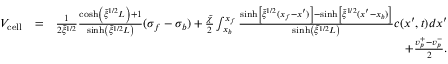
\begin{array} { r l r } { V _ { \mathrm { c e l l } } } & { = } & { \frac { 1 } { 2 \tilde { \xi } ^ { 1 / 2 } } \frac { \cosh \left( \tilde { \xi } ^ { 1 / 2 } L \right) + 1 } { \sinh \left( \tilde { \xi } ^ { 1 / 2 } L \right) } ( \sigma _ { f } - \sigma _ { b } ) + \frac { \tilde { \chi } } { 2 } \int _ { x _ { b } } ^ { x _ { f } } \frac { \sinh \left[ \tilde { \xi } ^ { 1 / 2 } ( x _ { f } - x ^ { \prime } ) \right] - \sinh \left[ \tilde { \xi } ^ { 1 / 2 } ( x ^ { \prime } - x _ { b } ) \right] } { \sinh \left( \tilde { \xi } ^ { 1 / 2 } L \right) } c ( x ^ { \prime } , t ) d x ^ { \prime } } \\ & { } & { + \frac { v _ { p } ^ { + } - v _ { p } ^ { - } } { 2 } . } \end{array}